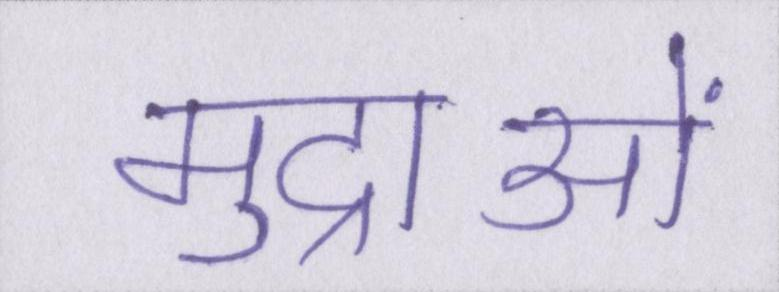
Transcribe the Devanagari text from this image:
मुद्राओं